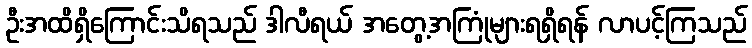
ဦးအထိရှိကြောင်းသိရသည် ဒါလီရယ် အတွေ့အကြုံများရရှိရန် လာပင့်ကြသည်